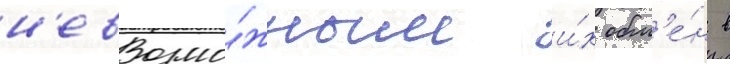
н'евозмо́жным и́х обм'е́н в